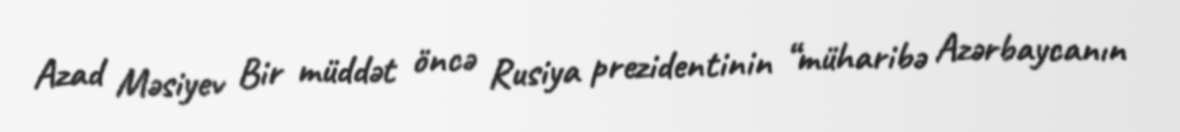
Azad Məsiyev Bir müddət öncə Rusiya prezidentinin “müharibə Azərbaycanın